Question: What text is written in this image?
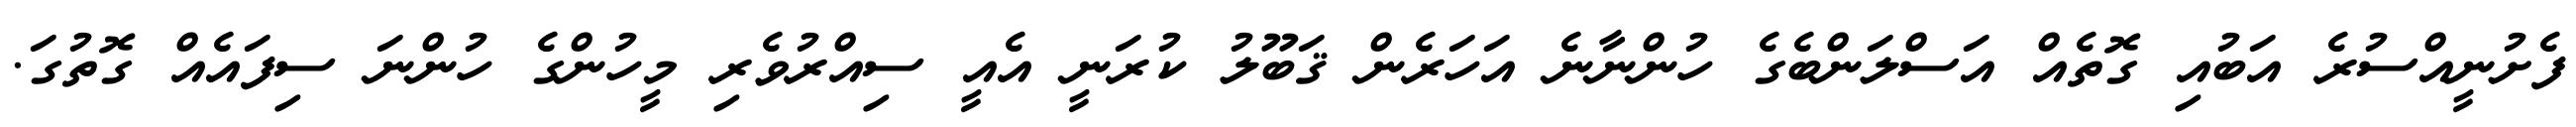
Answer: ފެށުނީއްސުރެ އަބުއި ގޮތެއް އަސްލަންބެގެ ހުންނާނެ އަހަރެން ޤަބޫލު ކުރަނީ އެއީ ސިއްރުވެރި މީހުންގެ ހުންނަ ސިފައެއް ގޮތުގަ.